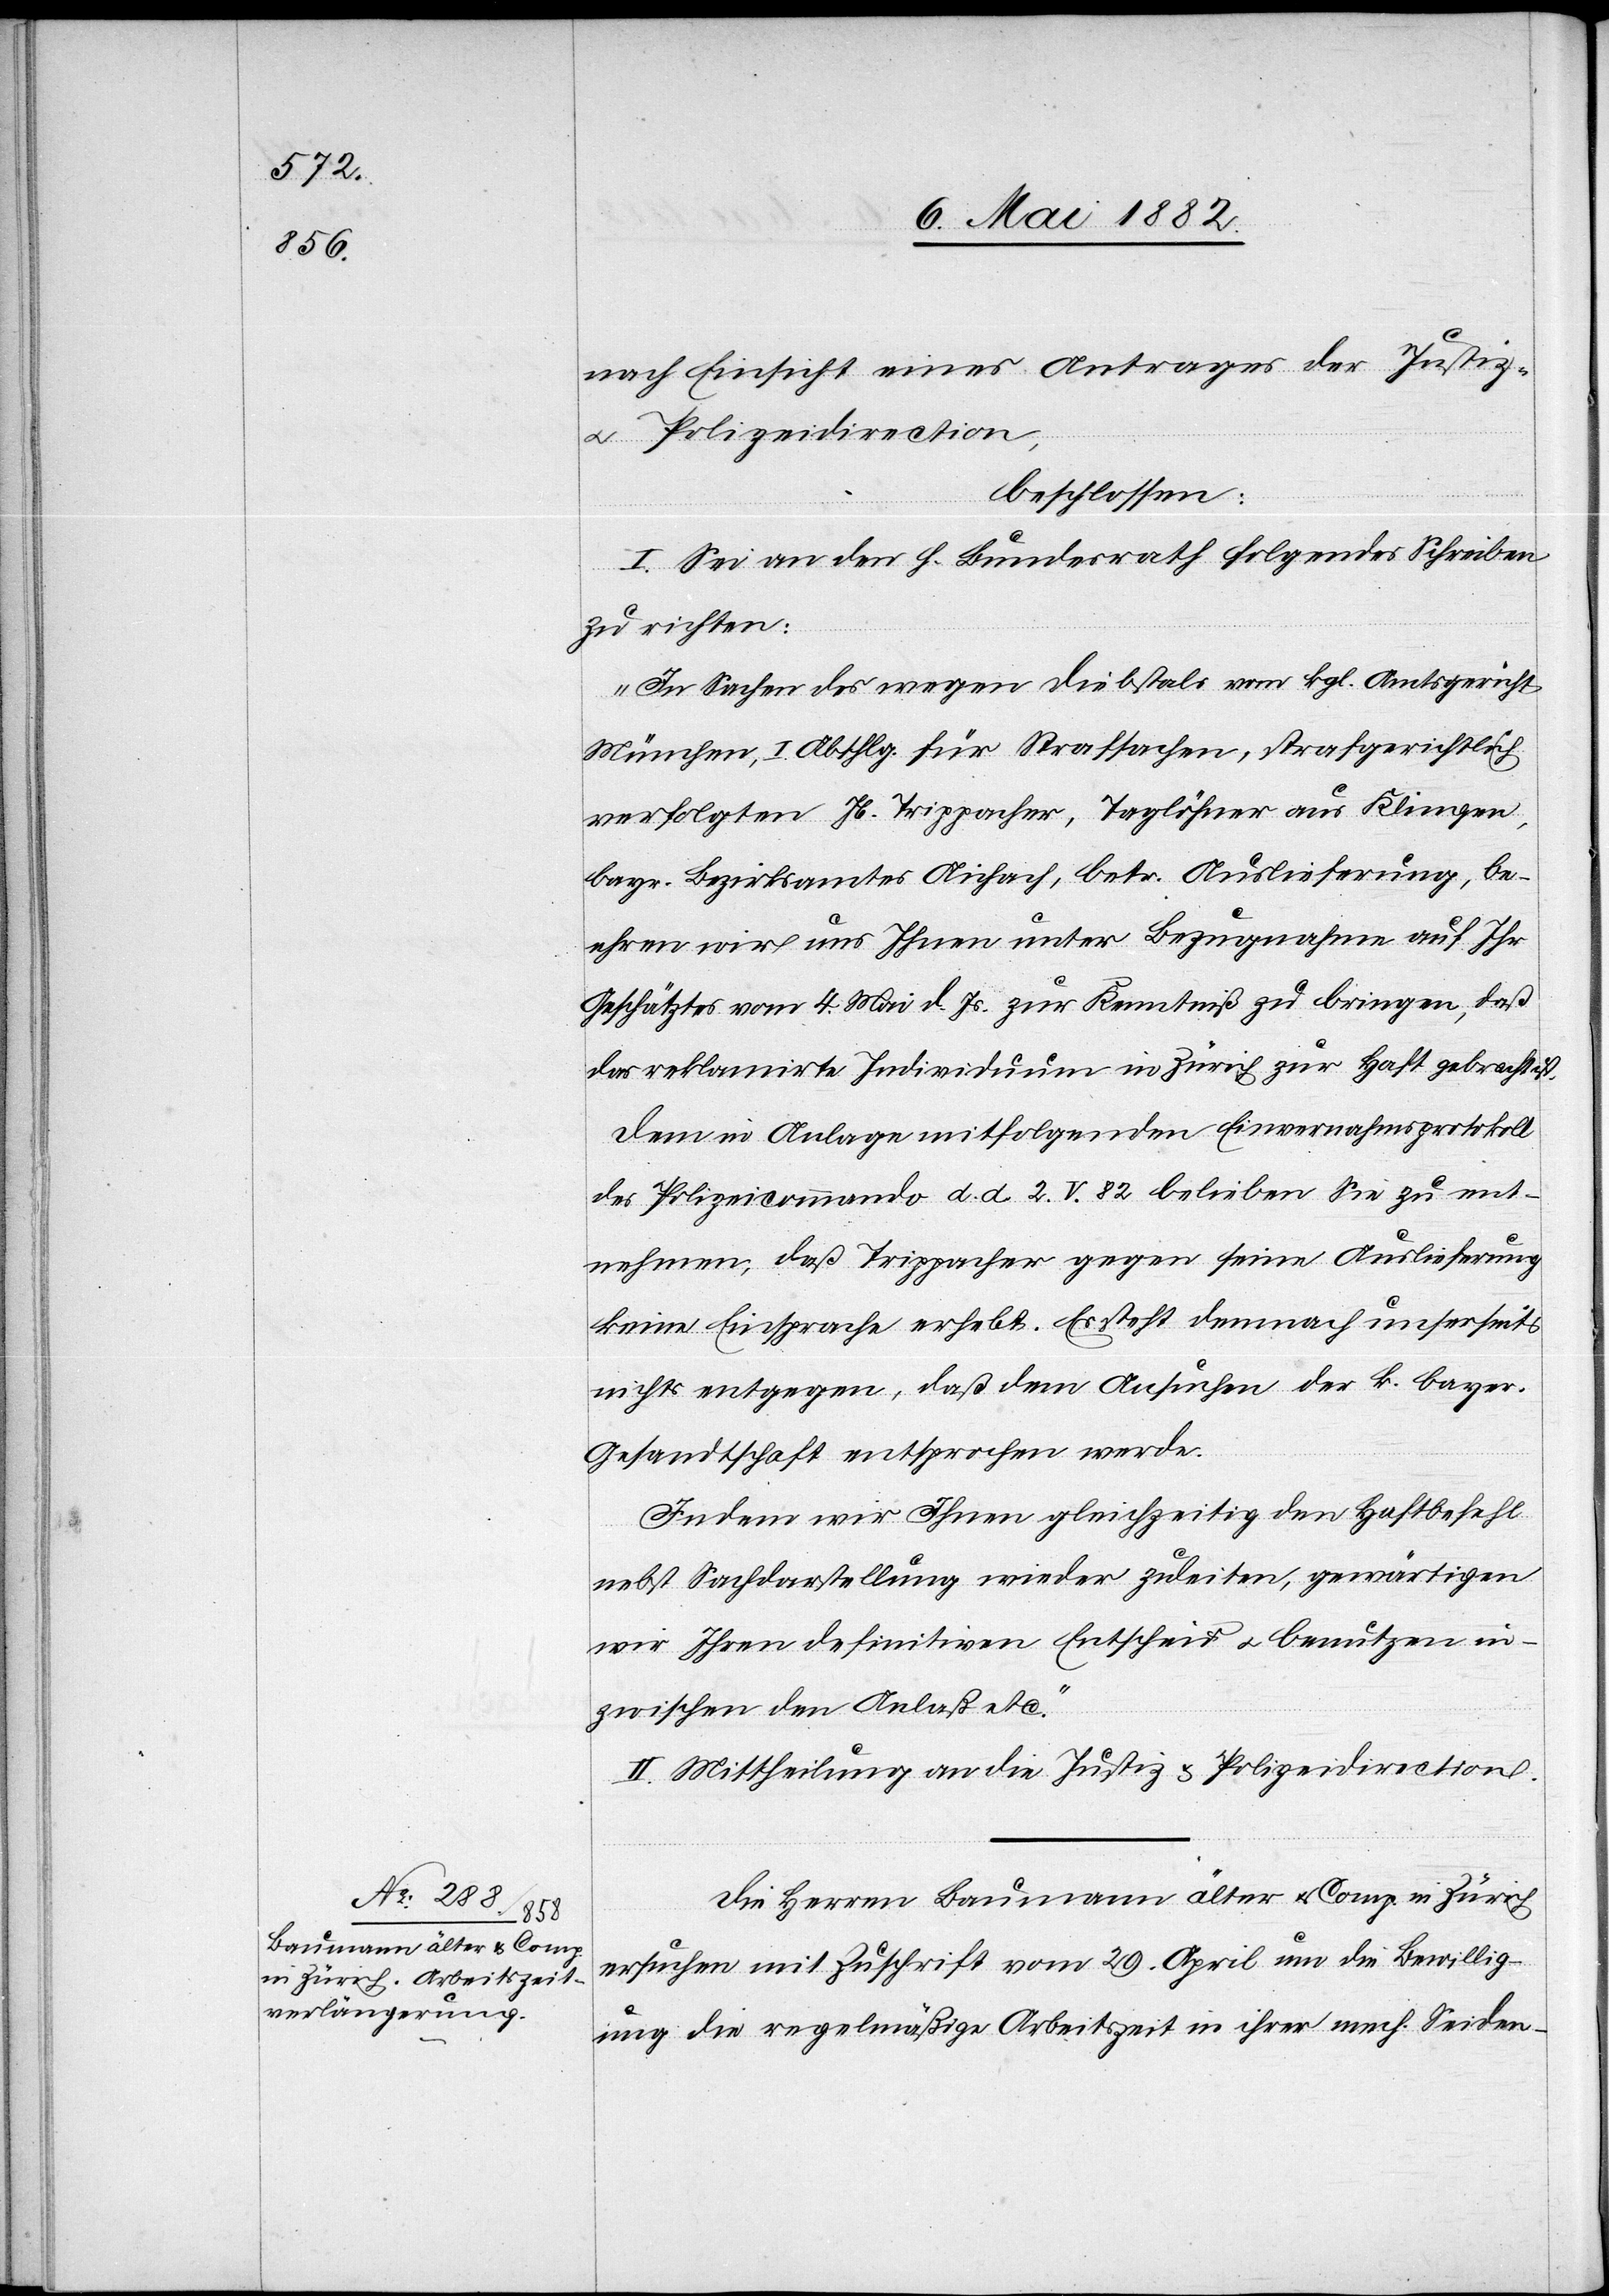
8. Mai 1882.]
nach Einsicht eines Antrages der Justiz-
u. Polizeidirection,
beschlossen:
I. Sei an den h. Bundesrath folgendes Schreiben
zu richten:
„In Sachen des wegen Diebstals vom kgl. Amtsgericht
München, I. Abth. für Strafsachen, strafgerichtlich
verfolgten Jb. Trippacher, Taglöhner aus Klingen,
bayr. Bezirksamtes Aichach, betr. Auslieferung, be¬
ehren wir uns Ihnen unter Bezugnahme auf Ihr
Geschätztes vom 4. Mai d. Js. zur Kenntniß zu bringen, daß
das reklamirte Individuum in Zürich zur Haft gebracht ist.
Dem in Anlage mitfolgenden Einvernahmsprotokoll
des Polizeicommando d. d. 2. V. 82 belieben Sie zu ent¬
nehmen, daß Trippacher gegen eine Auslieferung
keine Einsprache erhebt. Es steht demnach unserseits
nichts entgegen, daß dem Ansuchen der k. bayer.
Gesandtschaft entsprochen werde.
Indem wir Ihnen gleichzeitig den Haftbefehl
nebst Sachdarstellung wieder zuleiten, gewärtigen
wir Ihren definitiven Entscheid u. benutzen in¬
zwischen den Anlaß etc.“
II. Mittheilung an die Justiz[-] & Polizeidirection.
Die Herren Baumann älter u. Comp. in Zürich
ersuchen mit Zuschrift vom 29. April um die Bewillig¬
ung die regelmäßige Arbeitszeit in ihrer mech. Seiden-